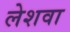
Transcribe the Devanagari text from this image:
लेशवा